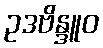
ဥဒဗိန္ဒူဝ